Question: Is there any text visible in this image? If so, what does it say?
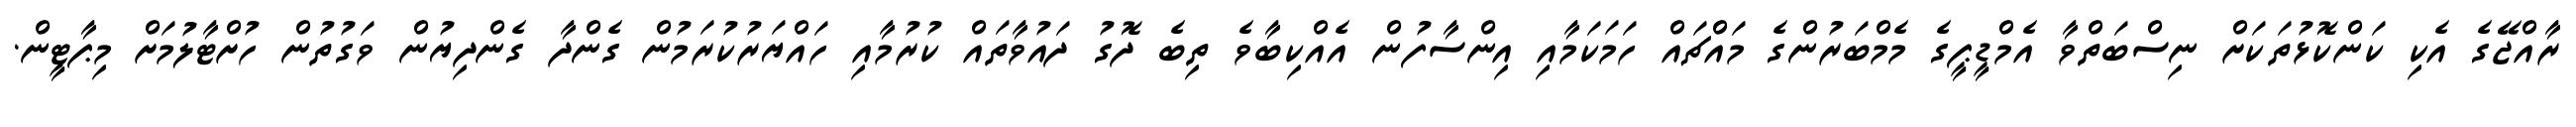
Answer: ރާއްޖޭގެ އެކި ކަންކޮޅުތަކަށް ނިސްބަތްވާ އެމްޑީޕީގެ މެމްބަރުންގެ މައްޗައް ހަމަކަމާއި އިންސާފުން އެއްކިބާވެ ތިބެ ދޮގު ދައުވާތައް ކުރުމާއި ހައްޔަރުކުރަމުން ގެންދާ ގެންދިޔުން ވަގުތުން ހުށްޓާލުމަށް މިޕާޓީން.